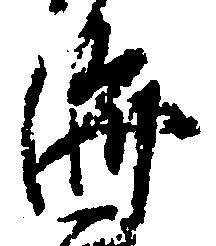
済